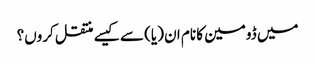
میں ڈومین کا نام ان (یا) سے کیسے منتقل کروں؟